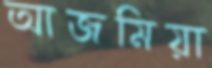
আজমিয়া